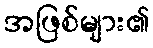
အဖြစ်များ၏